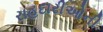
રાહદારીઓની